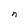
Character: n